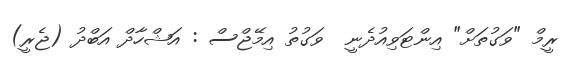
ރީމް "ވަގުތަށް" އިންޓަވިއުދެނީ  ވަގުތު އިމޭޖްސް : އަޝްހާދް އަބްދު (ޖެރީ)